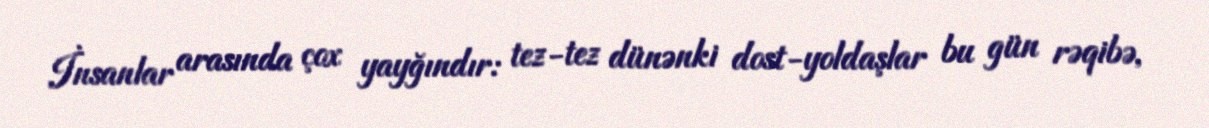
İnsanlar arasında çox yayğındır: tez-tez dünənki dost-yoldaşlar bu gün rəqibə,